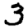
Digit: 3